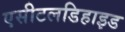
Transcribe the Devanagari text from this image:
एसीटलडिहाइड